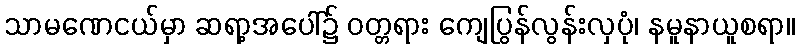
သာမဏေငယ်မှာ ဆရာ့အပေါ်၌ ဝတ္တရား ကျေပြွန်လွန်းလှပုံ၊ နမူနာယူစရာ။